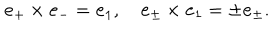
{ \bf e } _ { + } \times { \bf e } _ { - } = { \bf e } _ { 1 } , \quad { \bf e } _ { \pm } \times { \bf e } _ { 1 } = \pm { \bf e } _ { \pm } .